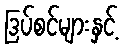
ဒြပ်စင်များနှင့်